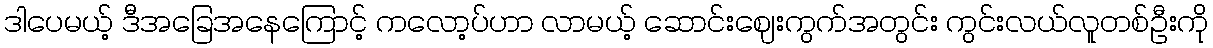
ဒါပေမယ့် ဒီအခြေအနေကြောင့် ကလော့ပ်ဟာ လာမယ့် ဆောင်းဈေးကွက်အတွင်း ကွင်းလယ်လူတစ်ဦးကို